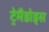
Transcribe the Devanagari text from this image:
ट्रेमैडोड्स